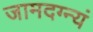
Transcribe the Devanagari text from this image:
जामदग्न्यं